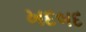
ખદબદ